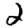
Digit: 2